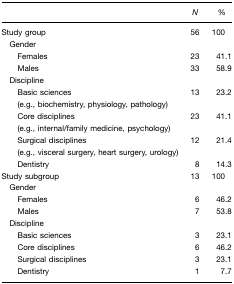
|  | N | % |
 | --- | --- | --- |
 | Study group | 56 | 100 |
 | <COLSPAN=3> Gender |
 | Females | 23 | 41.1 |
 | Males | 33 | 58.9 |
 | <COLSPAN=3> Discipline |
 | Basic sciences (e.g., biochemistry, physiology, pathology) | 13 | 23.2 |
 | Core disciplines | 23 | 41.1 |
 | (e.g., internal/family medicine, psychology) |  |  |
 | Surgical disciplines (e.g., visceral surgery, heart surgery, urology) | 12 | 21.4 |
 | Dentistry | 8 | 14.3 |
 | Study subgroup | 13 | 100 |
 | <COLSPAN=3> Gender |
 | Females | 6 | 46.2 |
 | Males | 7 | 53.8 |
 | <COLSPAN=3> Discipline |
 | Basic sciences | 3 | 23.1 |
 | Core disciplines | 6 | 46.2 |
 | Surgical disciplines | 3 | 23.1 |
 | Dentistry | 1 | 7.7 |